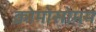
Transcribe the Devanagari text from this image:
क्रोमोसोमम